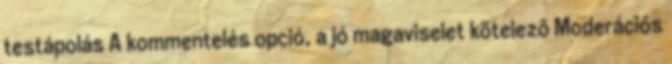
testápolás A kommentelés opció, a jó magaviselet kötelező Moderációs